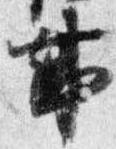
事